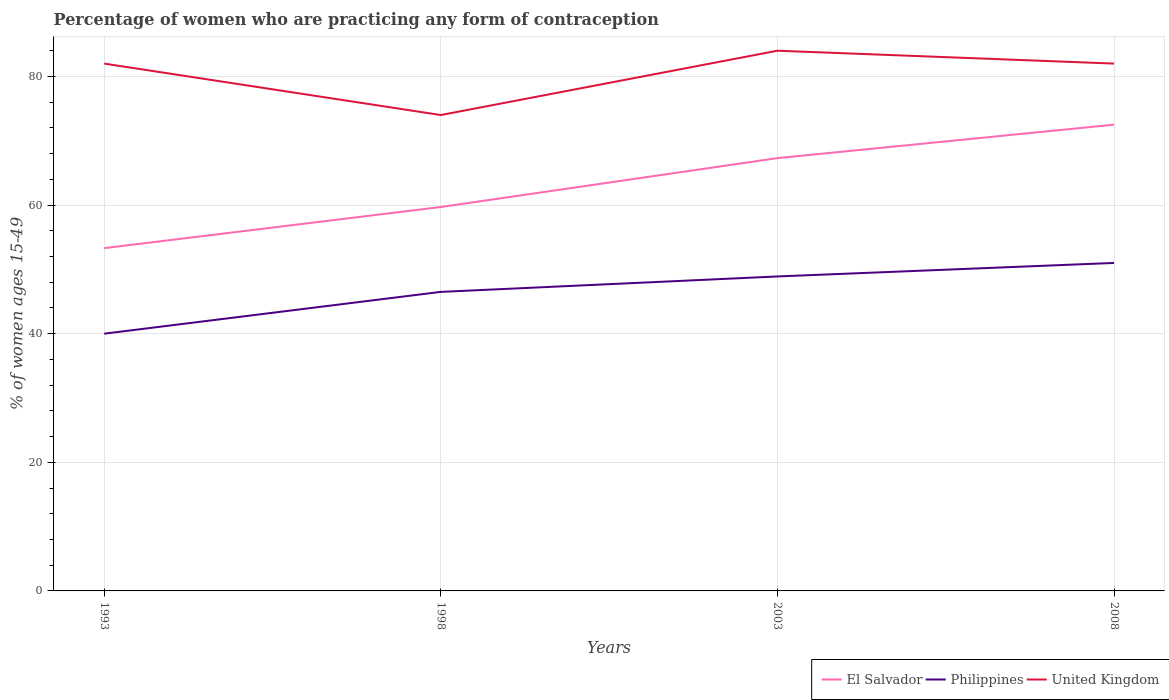
| Years | El Salvador | Philippines | United Kingdom |
 | --- | --- | --- | --- |
 | 1993 | 53.3 | 40 | 82 |
 | 1998 | 59.7 | 46.5 | 74 |
 | 2003 | 67.3 | 48.9 | 84 |
 | 2008 | 72.5 | 51 | 82 |